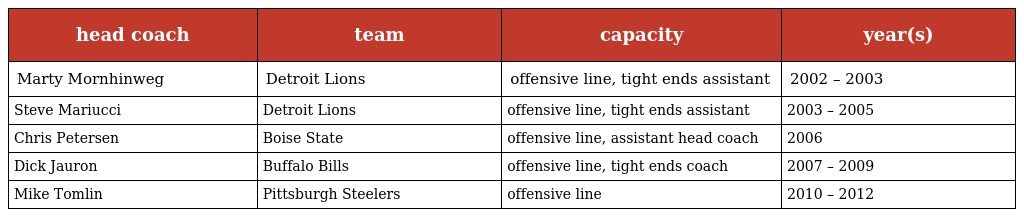
| head coach | team | capacity | year(s) |
 | --- | --- | --- | --- |
 | Marty Mornhinweg | Detroit Lions | offensive line, tight ends assistant | 2002 – 2003 |
 | Steve Mariucci | Detroit Lions | offensive line, tight ends assistant | 2003 – 2005 |
 | Chris Petersen | Boise State | offensive line, assistant head coach | 2006 |
 | Dick Jauron | Buffalo Bills | offensive line, tight ends coach | 2007 – 2009 |
 | Mike Tomlin | Pittsburgh Steelers | offensive line | 2010 – 2012 |